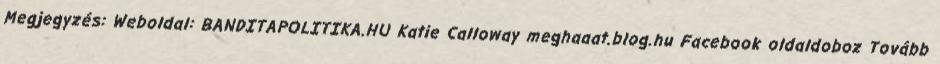
Megjegyzés: Weboldal: BANDITAPOLITIKA.HU Katie Calloway meghaaat.blog.hu Facebook oldaldoboz Tovább